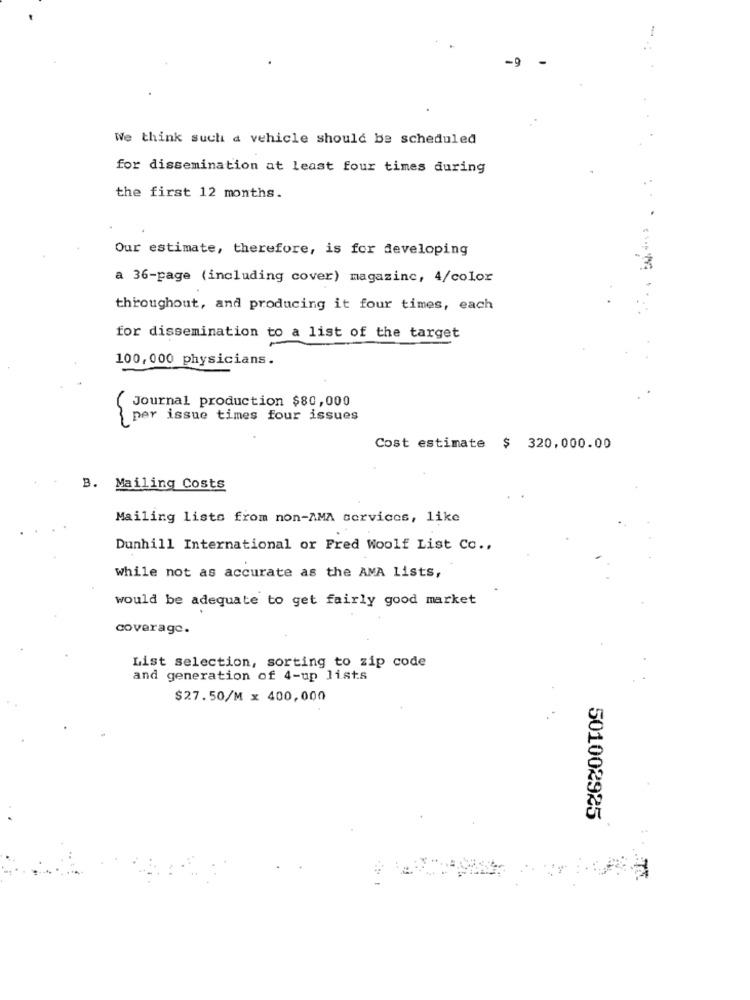
We think such a vehicle should be scheduled
for dissemination at least four times during
the first 12 months.
Our estimate, therefore, is for developing
a 36-page (including cover) magazine, 4/color
throughout, and producing it four times, each
for dissemination to a list of the target
100,000 physicians.
{ Journal production $80,000
per issue times four issues
Cost estimate $ 320,000.00
B. Mailing Costs
Mailing lists from non-AMA services, like
Dunhill International or Fred Woolf List Co .,
while not as accurate as the AMA Lists,
would be adequate to get fairly good market
coverage.
List selection, sorting to zip code
and generation of 4-up lists
$27.50/M x 400,000
501002925